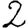
Digit: 2